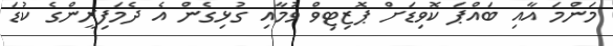
މަންމަ އާއި ބައްޕަ ކޮވިޑަށް ޕޮޒިޓިވް ވުމާއި ގުޅިގެން އެ ދެމަފިރީންގެ ކުޑަ